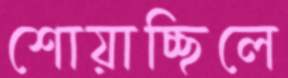
শোয়াচ্ছিলে